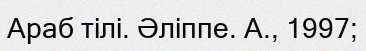
Араб тілі. Әліппе. А., 1997;